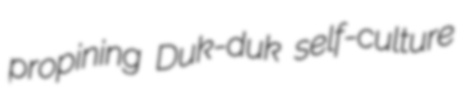
propining Duk-duk self-culture